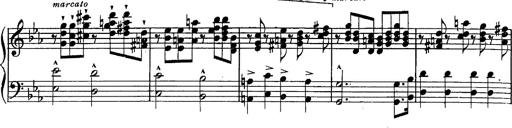
Title: Schubert's Impromptus [revised and edited by Franz Liszt]
Composer: Franz Liszt